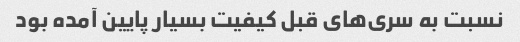
نسبت به سری‌های قبل کیفیت بسیار پایین آمده بود